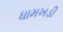
ધામખડી